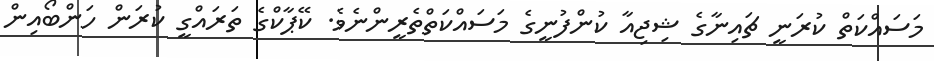
މަސައްކަތް ކުރަނީ ޗައިނާގެ ޝިޖިއާ ކުންފުނީގެ މަސައްކަތްތެރީންނެވެ. ކޭޕާކްގެ ތަރައްގީ ކުރަން ހަންބޯއިން